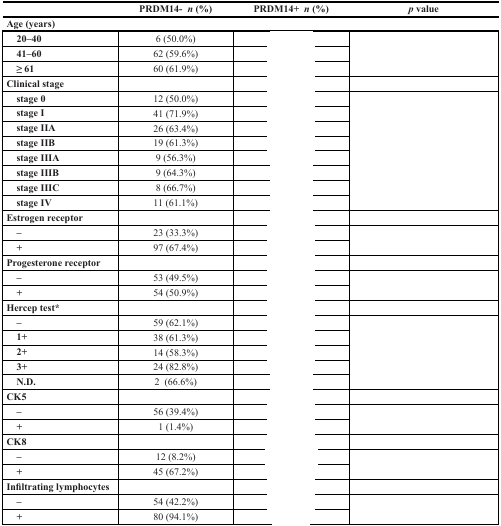
<table><thead><tr><td>[EMPTY_CELL]</td><td><b>PRDM14- <i>n</i> (%)</b></td><td><b>PRDM14+ <i>n</i> (%)</b></td><td><b><i>p</i> value</b></td></tr></thead><tbody><tr><td colspan="4"><b>Age (years)</b></td></tr><tr><td> <b>20–40</b></td><td>6 (50.0%)</td><td>[EMPTY_CELL]</td><td rowspan="3">[EMPTY_CELL]</td></tr><tr><td> <b>41–60</b></td><td>62 (59.6%)</td><td>[EMPTY_CELL]</td></tr><tr><td> <b>≥ 61</b></td><td>60 (61.9%)</td><td>[EMPTY_CELL]</td></tr><tr><td><b>Clinical stage</b></td><td>[EMPTY_CELL]</td><td>[EMPTY_CELL]</td><td>[EMPTY_CELL]</td></tr><tr><td> <b>stage 0</b></td><td>12 (50.0%)</td><td>[EMPTY_CELL]</td><td rowspan="8">[EMPTY_CELL]</td></tr><tr><td> <b>stage I</b></td><td>41 (71.9%)</td><td>[EMPTY_CELL]</td></tr><tr><td> <b>stage IIA</b></td><td>26 (63.4%)</td><td>[EMPTY_CELL]</td></tr><tr><td> <b>stage IIB</b></td><td>19 (61.3%)</td><td>[EMPTY_CELL]</td></tr><tr><td> <b>stage IIIA</b></td><td>9 (56.3%)</td><td>[EMPTY_CELL]</td></tr><tr><td> <b>stage IIIB</b></td><td>9 (64.3%)</td><td>[EMPTY_CELL]</td></tr><tr><td> <b>stage IIIC</b></td><td>8 (66.7%)</td><td>[EMPTY_CELL]</td></tr><tr><td> <b>stage IV</b></td><td>11 (61.1%)</td><td>[EMPTY_CELL]</td></tr><tr><td><b>Estrogen receptor</b></td><td>[EMPTY_CELL]</td><td>[EMPTY_CELL]</td><td>[EMPTY_CELL]</td></tr><tr><td> <b>–</b></td><td>23 (33.3%)</td><td>[EMPTY_CELL]</td><td rowspan="2">[EMPTY_CELL]</td></tr><tr><td> <b>+</b></td><td>97 (67.4%)</td><td>[EMPTY_CELL]</td></tr><tr><td><b>Progesterone receptor</b></td><td>[EMPTY_CELL]</td><td>[EMPTY_CELL]</td><td>[EMPTY_CELL]</td></tr><tr><td> <b>–</b></td><td>53 (49.5%)</td><td>[EMPTY_CELL]</td><td rowspan="2">[EMPTY_CELL]</td></tr><tr><td> <b>+</b></td><td>54 (50.9%)</td><td>[EMPTY_CELL]</td></tr><tr><td><b>Hercep test</b>*</td><td>[EMPTY_CELL]</td><td>[EMPTY_CELL]</td><td>[EMPTY_CELL]</td></tr><tr><td> <b>–</b></td><td>59 (62.1%)</td><td>[EMPTY_CELL]</td><td rowspan="5">[EMPTY_CELL]</td></tr><tr><td> <b>1+</b></td><td>38 (61.3%)</td><td>[EMPTY_CELL]</td></tr><tr><td> <b>2+</b></td><td>14 (58.3%)</td><td>[EMPTY_CELL]</td></tr><tr><td> <b>3+</b></td><td>24 (82.8%)</td><td>[EMPTY_CELL]</td></tr><tr><td> <b>N.D</b>.</td><td>2 (66.6%)</td><td>[EMPTY_CELL]</td></tr><tr><td><b>CK5</b></td><td>[EMPTY_CELL]</td><td>[EMPTY_CELL]</td><td>[EMPTY_CELL]</td></tr><tr><td> <b>–</b></td><td>56 (39.4%)</td><td>[EMPTY_CELL]</td><td rowspan="2">[EMPTY_CELL]</td></tr><tr><td> <b>+</b></td><td>1 (1.4%)</td><td>[EMPTY_CELL]</td></tr><tr><td><b>CK8</b></td><td>[EMPTY_CELL]</td><td>[EMPTY_CELL]</td><td>[EMPTY_CELL]</td></tr><tr><td> <b>–</b></td><td>12 (8.2%)</td><td>[EMPTY_CELL]</td><td rowspan="2">[EMPTY_CELL]</td></tr><tr><td> <b>+</b></td><td>45 (67.2%)</td><td>[EMPTY_CELL]</td></tr><tr><td><b>Infiltrating lymphocytes</b></td><td>[EMPTY_CELL]</td><td>[EMPTY_CELL]</td><td>[EMPTY_CELL]</td></tr><tr><td> <b>–</b></td><td>54 (42.2%)</td><td>[EMPTY_CELL]</td><td rowspan="2">[EMPTY_CELL]</td></tr><tr><td> <b>+</b></td><td>80 (94.1%)</td><td>[EMPTY_CELL]</td></tr></tbody></table>